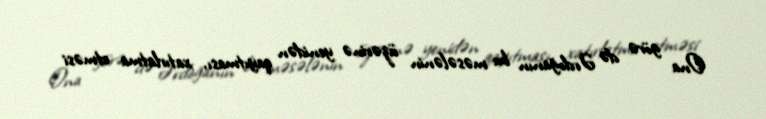
Ona görə də Ərdoğanın bu məsələnin üzərinə yenidən qayıtması, xatırlatma etməsi